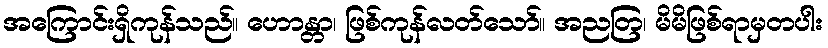
အကြောင်းရှိကုန်သည်။ ဟောန္တာ၊ ဖြစ်ကုန်လတ်သော်။ အညတြ၊ မိမိဖြစ်ရာမှတပါး